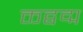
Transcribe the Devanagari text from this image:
क्तद्वद्म